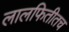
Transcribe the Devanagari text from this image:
लालफितीतच